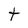
Character: t